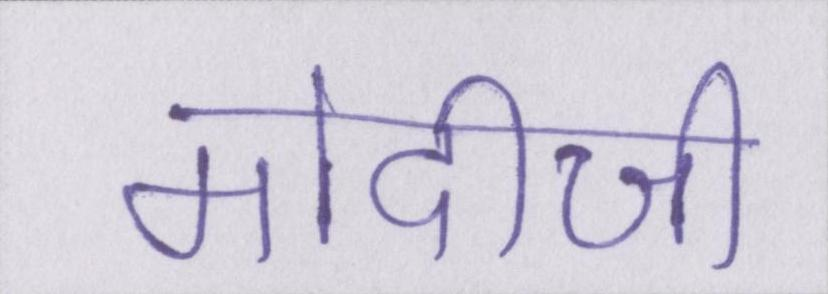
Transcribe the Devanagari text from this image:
मोदीजी